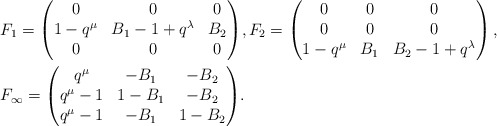
\begin{align*}& F_1 = \begin{pmatrix} 0 & 0 & 0\\ 1-q^{\mu} & B_1-1+q^{\lambda} & B_2\\ 0 & 0 & 0 \end{pmatrix}\!,F_2 = \begin{pmatrix} 0 & 0 & 0\\ 0 & 0 & 0\\ 1-q^{\mu} & B_1 & B_2-1+q^{\lambda} \end{pmatrix}, \\& F_{\infty} = \begin{pmatrix} q^{\mu} & -B_1 & -B_2\\ q^{\mu}-1 & 1-B_1 & -B_2\\ q^{\mu}-1 & -B_1 & 1-B_2 \end{pmatrix}\! .\end{align*}